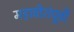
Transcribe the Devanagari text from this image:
महावीरांंपूर्वी